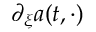
\partial _ { \xi } a ( t , \cdot )